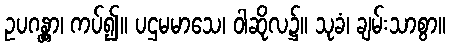
ဥပဂန္တွာ၊ ကပ်၍။ ပဌမမာသေ၊ ဝါဆိုလ၌။ သုခံ၊ ချမ်းသာစွာ။